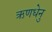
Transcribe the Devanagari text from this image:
ऋणधेनु